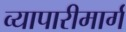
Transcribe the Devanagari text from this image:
व्यापारीमार्ग